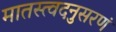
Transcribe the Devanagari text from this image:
मातस्त्वदनुसरणं